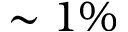
\sim 1 \%